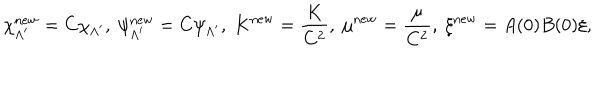
\chi _ { \Lambda ^ { \prime } } ^ { \mathrm { n e w } } = C \chi _ { \Lambda ^ { \prime } } , ~ \psi _ { \Lambda ^ { \prime } } ^ { \mathrm { n e w } } = C \psi _ { \Lambda ^ { \prime } } , ~ K ^ { \mathrm { n e w } } = \frac { K } { C ^ { 2 } } , ~ \mu ^ { \mathrm { n e w } } = \frac { \mu } { C ^ { 2 } } , ~ \xi ^ { \mathrm { n e w } } = A ( 0 ) B ( 0 ) \xi ,